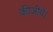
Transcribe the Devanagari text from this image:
कीजीये।